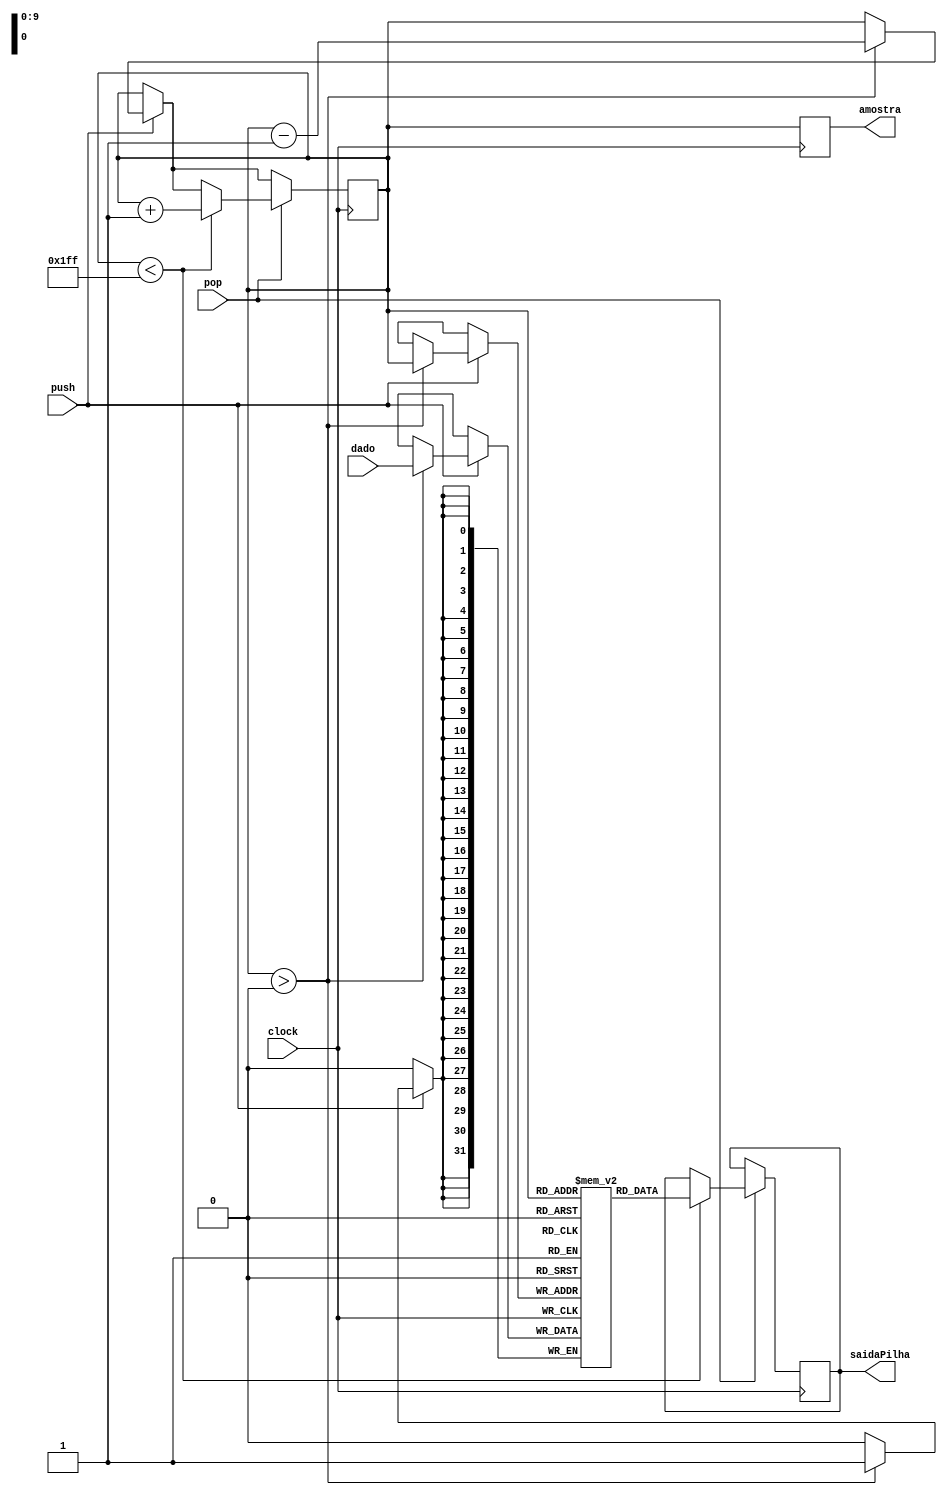
// Quartus Prime Verilog Template
// Simple Dual Port RAM with separate read/write addresses and
// single read/write clock

/*
- dado
	 o valor que ser escrito na pilha
	
- push
	 o sinal, proveniente da Unidade de Controle, que  responsvel por permitir a escrita na pilha

- pop 
	 o sinal, proveniente da Unidade de COntrole, que ser responsvel por retirar o topo da pilha
	
- saidaPilha
	Saida de dado da pilha

- topo (reg)
	Marcador do topo da pilha 
	pode atingir as 512 posies

- pilha (reg)
	uma pilha que ir guardar os endereos de memria das intrues jal
	

*/
module Pilha
(
	input [(32-1):0] dado,
	input push, pop, clock,
	output reg [(32-1):0] saidaPilha,
	output reg [9:0] amostra
);

	// Declare the RAM variable
	reg [32-1:0] pilha[2**10-1:0];//Uma pilha com 512 posies
	
	reg [9:0]topo; //marcador 
	
	initial begin // Esse initial  usado para testes
		topo <= 9'b111111110;
	end 
	
	always @ (posedge clock)
	begin
	
		if (push)
			if(topo > 9'b000000000) begin //verifica se a pilha est cheia
				pilha[topo] <= dado; 
				topo <= topo  - 9'b000000001; //Atualizao
			end
	
		if(pop) begin
			if(topo < 9'd511) begin //verifica se a pilha t vazia
				saidaPilha <= pilha[topo];
				topo <= topo + 9'b000000001; //Atualizao
			end
		end
		
		amostra <= topo;
	end

	
endmodule